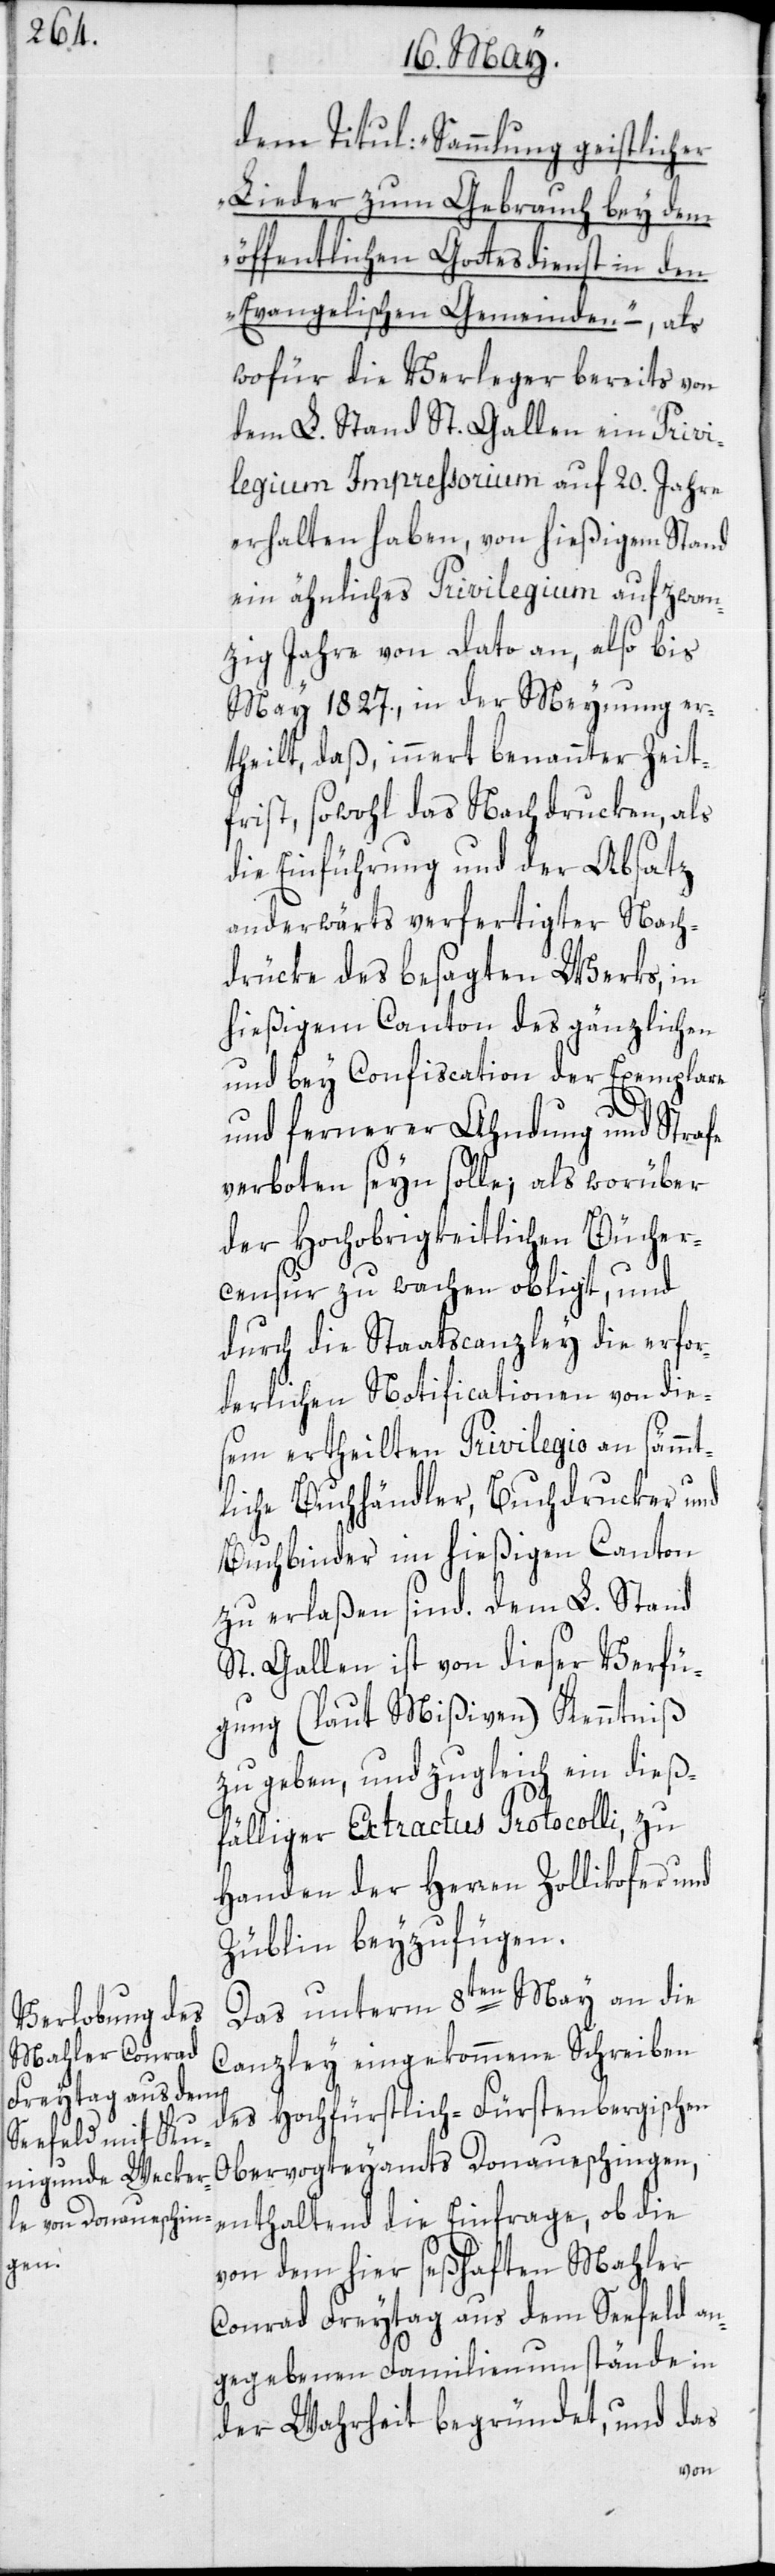
dem Titul: „Sammlung geistlicher
Lieder zum Gebrauch bey dem
öffentlichen Gottesdienst in den
Evangelischen Gemeinden“ –, als
wofür die Verleger bereits von
dem L. Stand St. Gallen ein Privi¬
legium Impressorium auf 20. Jahre
erhalten haben, von hießigem Stand
ein ähnliches Privilegium auf zwan¬
zig Jahre von dato an, also bis
May 1827., in der Meynung er¬
theilt, daß, innert benannter Zeit¬
frist, sowohl das Nachdrucken, als
die Einführung und der Absatz
anderwärts verfertigter Nach¬
drücke des besagten Werks, in
hießigem Canton des gänzlichen
und bey Confiscation der Exemplare
und fernerer Ahndung und Strafe
verboten seyn solle; als worüber
der Hochobrigkeitlichen Bücher¬
censur zu wachen obligt, und
durch die Staatscanzley die erfor¬
derlichen Notificationen von die¬
sem ertheilten Privilegio an sämmt¬
liche Buchhändler, Buchdrucker und
Buchbinder in hießigen Canton
zu erlaßen sind. Dem L. Stand
St. Gallen ist von dieser Verfü¬
gung (laut Mißiven) Kenntniß
zu geben, und zugleich ein dieß¬
fälliger Extractus Protocolli, zu
Handen der Herren Zollikofer und
Züblin beyzufügen.
Das unterm 8ten May an die
Canzley eingekommene Schreiben
des Hochfürstlich-Fürstenbergischen
Obervogteyamts Donaueschingen,
enthaltend die Einfrage, ob die
von dem hier seßhaften Mahler
Conrad Freytag aus dem Seefeld an¬
gegebenen Familienumstände in
der Wahrheit begründet, und das